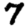
Digit: 7